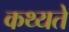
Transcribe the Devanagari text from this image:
कथ्यते